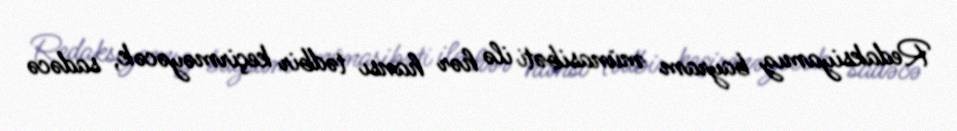
Redaksiyamız bayram münasibəti ilə hər hansı tədbir keçirməyəcək, sadəcə